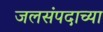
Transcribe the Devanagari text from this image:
जलसंपदाच्या